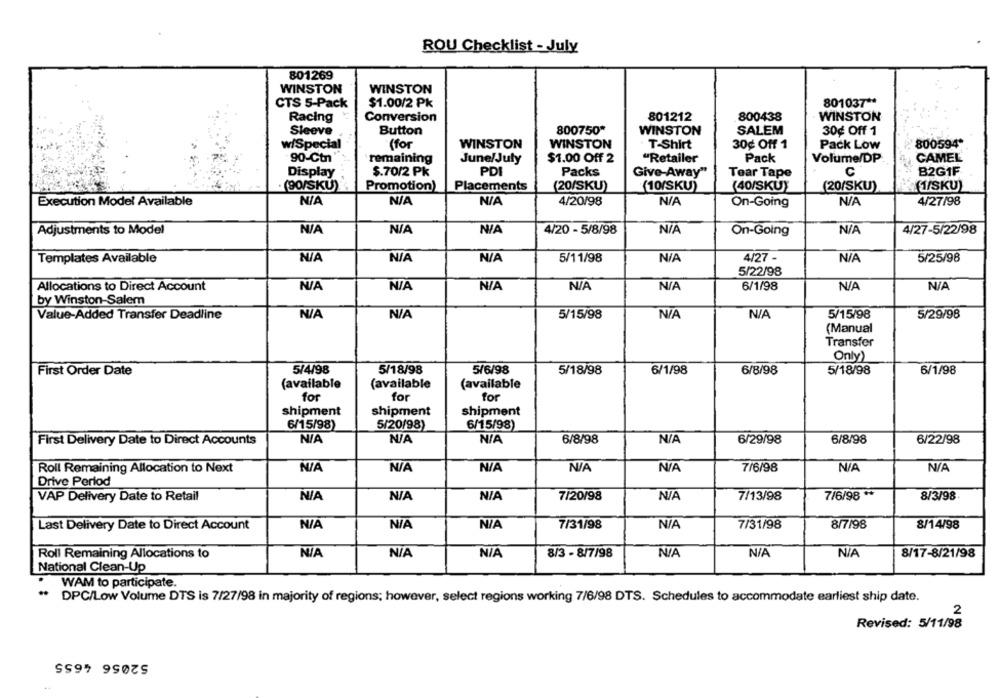
ROU Checklist - July
801269
WINSTON
WINSTON
CTS 5-Pack
$1.00/2 Pk
801037 **
Racing
Conversion
801212
800438
WINSTON
Sleeve
Button
800750*
WINSTON
SALEM
30¢ Off 1
w/Special
(for
WINSTON
WINSTON
T-Shirt
30¢ Off 1
Pack Low
800594*
90-Ctn
remaining
June/July
$1.00 Off 2
"Retailer
Pack
Volume/DP
CAMEL
Display
$.70/2 Pk
PDI
Packs
Give-Away"
Tear Tape
C
B2G1F
(90/SKU)
Promotion)
Placements
(20/SKU)
(10/SKU)
(40/SKU}
(20/SKU)
(1/SKU)
Execution Model Available
4/20/98
4/27/98
On-Going
Adjustments to Model
4/20 - 5/8/98
4/27-5/22/98
On-Going
4/27 -
5/25/98
Templates Available
5/11/98
5/22/98
6/1/98
Allocations to Direct Account
by Winston-Salem
5/15/98
Value-Added Transfer Deadline
5/15/98
5/29/98
(Manual
Transfer
Only)
5/4/98
5/6/98
5/18/98
6/8/98
6/1/98
First Order Date
5/18/98
6/1/98
5/18/98
(available
(available
(available
for
for
for
shipment
shipment
shipment
6/15/98)
5/20/98)
6/15/98)
6/8/98
6/8/98
6/22/98
First Delivery Date to Direct Accounts
6/29/98
Roll Remaining Allocation to Next
7/6/98
Drive Period
7/13/98
7/6/98 **
8/3/98
VAP Delivery Date to Retail
7/20/98
Last Delivery Date to Direct Account
7/31/98
7/31/98
8/7/98
8/14/98
Roll Remaining Allocations to
8/3 - 8/7/98
8/17-8/21/98
National Clean-Up
WAM to participate.
DPC/Low Volume DTS is 7/27/98 in majority of regions; however, select regions working 7/6/98 DTS. Schedules to accommodate earliest ship date.
2
Revised: 5/11/98
52056 4655